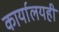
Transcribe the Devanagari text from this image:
कार्यालयही